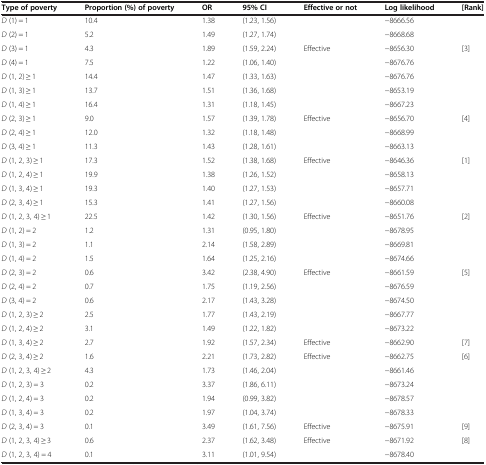
<table><thead><tr><td><b>Type of poverty</b></td><td><b>Proportion (%) of poverty</b></td><td><b>OR</b></td><td><b>95% CI</b></td><td><b>Effective or not</b></td><td><b>Log likelihood</b></td><td><b>[Rank]</b></td></tr></thead><tbody><tr><td><i>D</i> (1) = 1</td><td>10.4</td><td>1.38</td><td>(1.23, 1.56)</td><td></td><td>−8666.56</td><td></td></tr><tr><td><i>D</i> (2) = 1</td><td>5.2</td><td>1.49</td><td>(1.27, 1.74)</td><td></td><td>−8668.68</td><td></td></tr><tr><td><i>D</i> (3) = 1</td><td>4.3</td><td>1.89</td><td>(1.59, 2.24)</td><td>Effective</td><td>−8656.30</td><td>[3]</td></tr><tr><td><i>D</i> (4) = 1</td><td>7.5</td><td>1.22</td><td>(1.06, 1.40)</td><td></td><td>−8676.76</td><td></td></tr><tr><td><i>D</i> (1, 2) ≥ 1</td><td>14.4</td><td>1.47</td><td>(1.33, 1.63)</td><td></td><td>−8676.76</td><td></td></tr><tr><td><i>D</i> (1, 3) ≥ 1</td><td>13.7</td><td>1.51</td><td>(1.36, 1.68)</td><td></td><td>−8653.19</td><td></td></tr><tr><td><i>D</i> (1, 4) ≥ 1</td><td>16.4</td><td>1.31</td><td>(1.18, 1.45)</td><td></td><td>−8667.23</td><td></td></tr><tr><td><i>D</i> (2, 3) ≥ 1</td><td>9.0</td><td>1.57</td><td>(1.39, 1.78)</td><td>Effective</td><td>−8656.70</td><td>[4]</td></tr><tr><td><i>D</i> (2, 4) ≥ 1</td><td>12.0</td><td>1.32</td><td>(1.18, 1.48)</td><td></td><td>−8668.99</td><td></td></tr><tr><td><i>D</i> (3, 4) ≥ 1</td><td>11.3</td><td>1.43</td><td>(1.28, 1.61)</td><td></td><td>−8663.13</td><td></td></tr><tr><td><i>D</i> (1, 2, 3) ≥ 1</td><td>17.3</td><td>1.52</td><td>(1.38, 1.68)</td><td>Effective</td><td>−8646.36</td><td>[1]</td></tr><tr><td><i>D</i> (1, 2, 4) ≥ 1</td><td>19.9</td><td>1.38</td><td>(1.26, 1.52)</td><td></td><td>−8658.13</td><td></td></tr><tr><td><i>D</i> (1, 3, 4) ≥ 1</td><td>19.3</td><td>1.40</td><td>(1.27, 1.53)</td><td></td><td>−8657.71</td><td></td></tr><tr><td><i>D</i> (2, 3, 4) ≥ 1</td><td>15.3</td><td>1.41</td><td>(1.27, 1.56)</td><td></td><td>−8660.08</td><td></td></tr><tr><td><i>D</i> (1, 2, 3, 4) ≥ 1</td><td>22.5</td><td>1.42</td><td>(1.30, 1.56)</td><td>Effective</td><td>−8651.76</td><td>[2]</td></tr><tr><td><i>D</i> (1, 2) = 2</td><td>1.2</td><td>1.31</td><td>(0.95, 1.80)</td><td></td><td>−8678.95</td><td></td></tr><tr><td><i>D</i> (1, 3) = 2</td><td>1.1</td><td>2.14</td><td>(1.58, 2.89)</td><td></td><td>−8669.81</td><td></td></tr><tr><td><i>D</i> (1, 4) = 2</td><td>1.5</td><td>1.64</td><td>(1.25, 2.16)</td><td></td><td>−8674.66</td><td></td></tr><tr><td><i>D</i> (2, 3) = 2</td><td>0.6</td><td>3.42</td><td>(2.38, 4.90)</td><td>Effective</td><td>−8661.59</td><td>[5]</td></tr><tr><td><i>D</i> (2, 4) = 2</td><td>0.7</td><td>1.75</td><td>(1.19, 2.56)</td><td></td><td>−8676.59</td><td></td></tr><tr><td><i>D</i> (3, 4) = 2</td><td>0.6</td><td>2.17</td><td>(1.43, 3.28)</td><td></td><td>−8674.50</td><td></td></tr><tr><td><i>D</i> (1, 2, 3) ≥ 2</td><td>2.5</td><td>1.77</td><td>(1.43, 2.19)</td><td></td><td>−8667.77</td><td></td></tr><tr><td><i>D</i> (1, 2, 4) ≥ 2</td><td>3.1</td><td>1.49</td><td>(1.22, 1.82)</td><td></td><td>−8673.22</td><td></td></tr><tr><td><i>D</i> (1, 3, 4) ≥ 2</td><td>2.7</td><td>1.92</td><td>(1.57, 2.34)</td><td>Effective</td><td>−8662.90</td><td>[7]</td></tr><tr><td><i>D</i> (2, 3, 4) ≥ 2</td><td>1.6</td><td>2.21</td><td>(1.73, 2.82)</td><td>Effective</td><td>−8662.75</td><td>[6]</td></tr><tr><td><i>D</i> (1, 2, 3, 4) ≥ 2</td><td>4.3</td><td>1.73</td><td>(1.46, 2.04)</td><td></td><td>−8661.46</td><td></td></tr><tr><td><i>D</i> (1, 2, 3) = 3</td><td>0.2</td><td>3.37</td><td>(1.86, 6.11)</td><td></td><td>−8673.24</td><td></td></tr><tr><td><i>D</i> (1, 2, 4) = 3</td><td>0.2</td><td>1.94</td><td>(0.99, 3.82)</td><td></td><td>−8678.57</td><td></td></tr><tr><td><i>D</i> (1, 3, 4) = 3</td><td>0.2</td><td>1.97</td><td>(1.04, 3.74)</td><td></td><td>−8678.33</td><td></td></tr><tr><td><i>D</i> (2, 3, 4) = 3</td><td>0.1</td><td>3.49</td><td>(1.61, 7.56)</td><td>Effective</td><td>−8675.91</td><td>[9]</td></tr><tr><td><i>D</i> (1, 2, 3, 4) ≥ 3</td><td>0.6</td><td>2.37</td><td>(1.62, 3.48)</td><td>Effective</td><td>−8671.92</td><td>[8]</td></tr><tr><td><i>D</i> (1, 2, 3, 4) = 4</td><td>0.1</td><td>3.11</td><td>(1.01, 9.54)</td><td></td><td>−8678.40</td><td></td></tr></tbody></table>